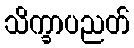
သိက္ခာပညတ်